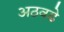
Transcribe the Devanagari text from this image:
अठवडे